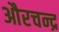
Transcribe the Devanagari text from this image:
औरचन्द्र